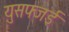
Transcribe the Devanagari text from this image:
युसफ्जई